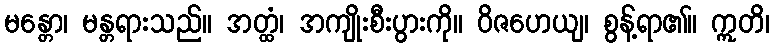
မန္တော၊ မန္တရားသည်။ အတ္ထံ၊ အကျိုးစီးပွားကို။ ဝိဇဟေယျ၊ စွန့်ရာ၏။ ဣတိ၊